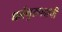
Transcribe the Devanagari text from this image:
धर्मगुरुपदाची